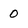
Character: 0